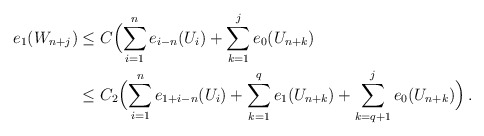
\begin{align*}e_1(W_{n+j}) & \le C \Big(\displaystyle{\sum_{i=1}^n e_{i-n}(U_i) + \sum_{k=1}^j e_0(U_{n+k})}\\&\le C_2 \Big(\displaystyle{\sum_{i=1}^n e_{1+i-n}(U_i) + \sum_{k=1}^q e_1(U_{n+k})+\sum_{k=q+1}^j e_0(U_{n+k})} \Big)\,.\end{align*}